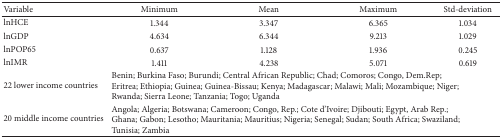
| Variable | Minimum | Mean | Maximum | Std-deviation |
 | --- | --- | --- | --- | --- |
 | lnHCE | 1.344 | 3.347 | 6.365 | 1.034 |
 | lnGDP | 4.634 | 6.344 | 9.213 | 1.029 |
 | lnPOP65 | 0.637 | 1.128 | 1.936 | 0.245 |
 | lnIMR | 1.411 | 4.238 | 5.071 | 0.619 |
 | 22 lower income countries | <COLSPAN=4> Benin; Burkina Faso; Burundi; Central African Republic; Chad; Comoros; Congo, Dem.Rep; Eritrea; Ethiopia; Guinea; Guinea-Bissau; Kenya; Madagascar; Malawi; Mali; Mozambique; Niger; Rwanda; Sierra Leone; Tanzania; Togo; Uganda |
 | 20 middle income countries | <COLSPAN=4> Angola; Algeria; Botswana; Cameroon; Congo, Rep.; Cote d'Ivoire; Djibouti; Egypt, Arab Rep.; Ghana; Gabon; Lesotho; Mauritania; Mauritius; Nigeria; Senegal; Sudan; South Africa; Swaziland; Tunisia; Zambia |